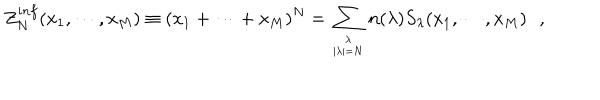
Z _ { N } ^ { i n f } ( x _ { 1 } , \cdots , x _ { M } ) \equiv ( x _ { 1 } + \cdots + x _ { M } ) ^ { N } = \sum _ { { \lambda \atop | \lambda | = N } } n ( \lambda ) S _ { \lambda } ( x _ { 1 } , \cdots , x _ { M } ) \, \, \, \, ,